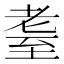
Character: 耋